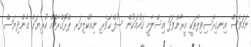
ނަމަވެސް އިނގިރޭސިވިލާތަކީ އީރާންފަދަ އިސްލާމީ ގައުމަކުން ސުލްޙަވެރި ނިއުކްލިޔަރ ޕްރޮގްރާމެއް ކުރިޔަށް ގެންދިޔަސް